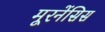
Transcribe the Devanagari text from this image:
मूरनेंसिस